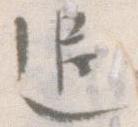
追